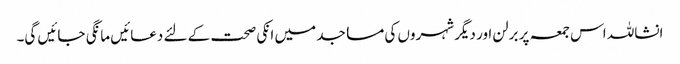
انشاللہ اس جمعہ پر برلن اور دیگر شہروں کی مساجد میں انکی صحت کے لئے دعائیں مانگی جائیں گی۔